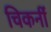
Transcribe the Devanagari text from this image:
चिकनीं